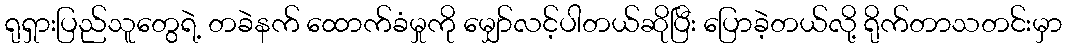
ရုရှားပြည်သူတွေရဲ့ တခဲနက် ထောက်ခံမှုကို မျှော်လင့်ပါတယ်ဆိုပြီး ပြောခဲ့တယ်လို့ ရိုက်တာသတင်းမှာ